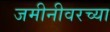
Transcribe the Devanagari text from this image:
जमीनीवरच्या